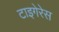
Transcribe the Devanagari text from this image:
टाइगेरेस